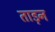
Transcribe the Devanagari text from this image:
ताड़न